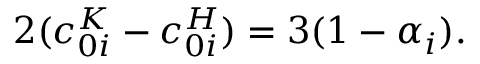
2 ( c _ { 0 i } ^ { K } - c _ { 0 i } ^ { H } ) = 3 ( 1 - \alpha _ { i } ) .